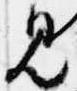
見